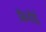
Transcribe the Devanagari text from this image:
बिनौई